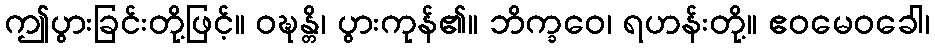
ဤပွားခြင်းတို့ဖြင့်။ ဝဍ္ဎန္တိ၊ ပွားကုန်၏။ ဘိက္ခဝေ၊ ရဟန်းတို့။ ဧဝမေဝခေါ၊